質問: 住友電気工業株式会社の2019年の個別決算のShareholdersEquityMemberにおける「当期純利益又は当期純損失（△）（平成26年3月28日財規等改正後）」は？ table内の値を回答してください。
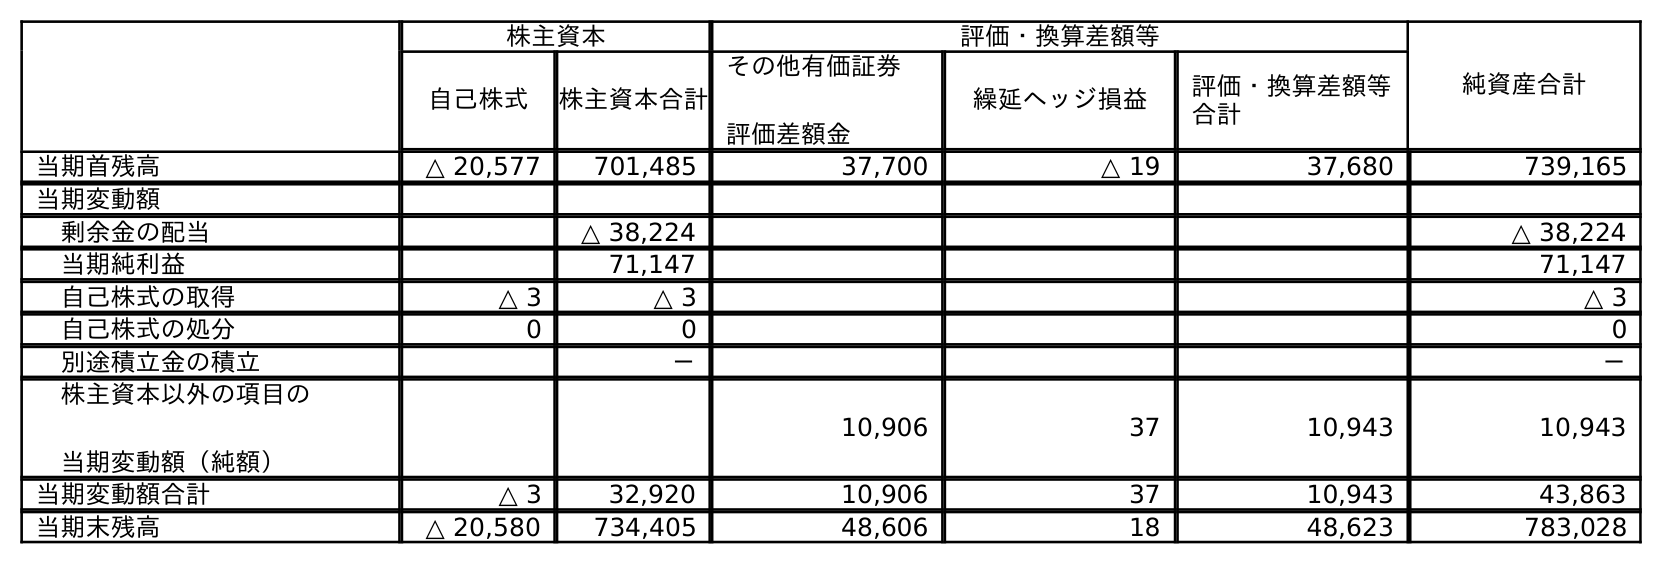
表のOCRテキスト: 株主資本 評価・換算差額等 純資産合計 自己株式 株主資本合計 その他有価証券 評価差額金 繰延ヘッジ損益 評価・換算差額等 合計 当期首残高 △ 20,577 701,485 37,700 △ 19 37,680 739,165 当期変動額 剰余金の配当 △ 38,224 △ 38,224 当期純利益 71,147 71,147 自己株式の取得 △ 3 △ 3 △ 3 自己株式の処分 0 0 0 別途積立金の積立 － － 株主資本以外の項目の 当期変動額（純額） 10,906 37 10,943 10,943 当期変動額合計 △ 3 32,920 10,906 37 10,943 43,863 当期末残高 △ 20,580 734,405 48,606 18 48,623 783,028
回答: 71,147